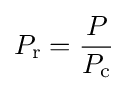
P_{\rm {r}}={\frac {P}{P_{\rm {c}}}}